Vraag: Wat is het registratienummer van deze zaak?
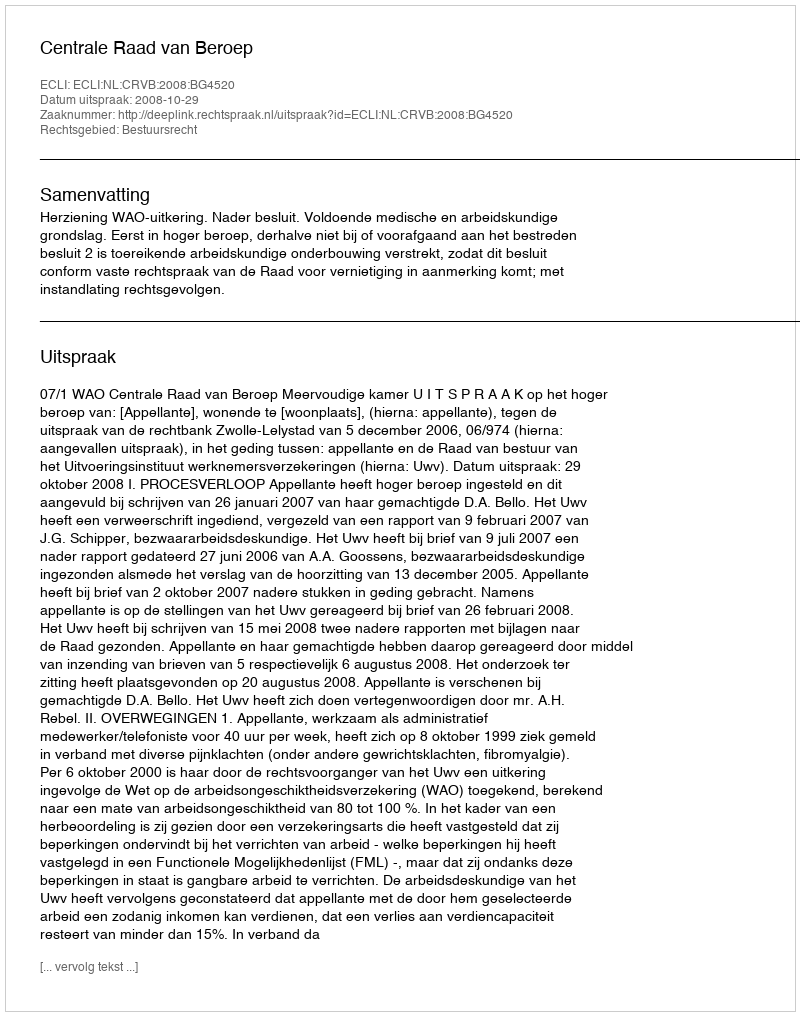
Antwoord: http://deeplink.rechtspraak.nl/uitspraak?id=ECLI:NL:CRVB:2008:BG4520